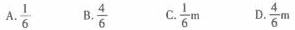
A.\frac{1}{6} B.\frac{4}{6} C.\frac{1}{6}m D.\frac{4}{6}m